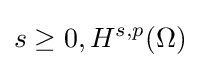
s\geq 0,H^{s,p}(\Omega )